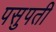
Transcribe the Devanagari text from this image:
पसुपती